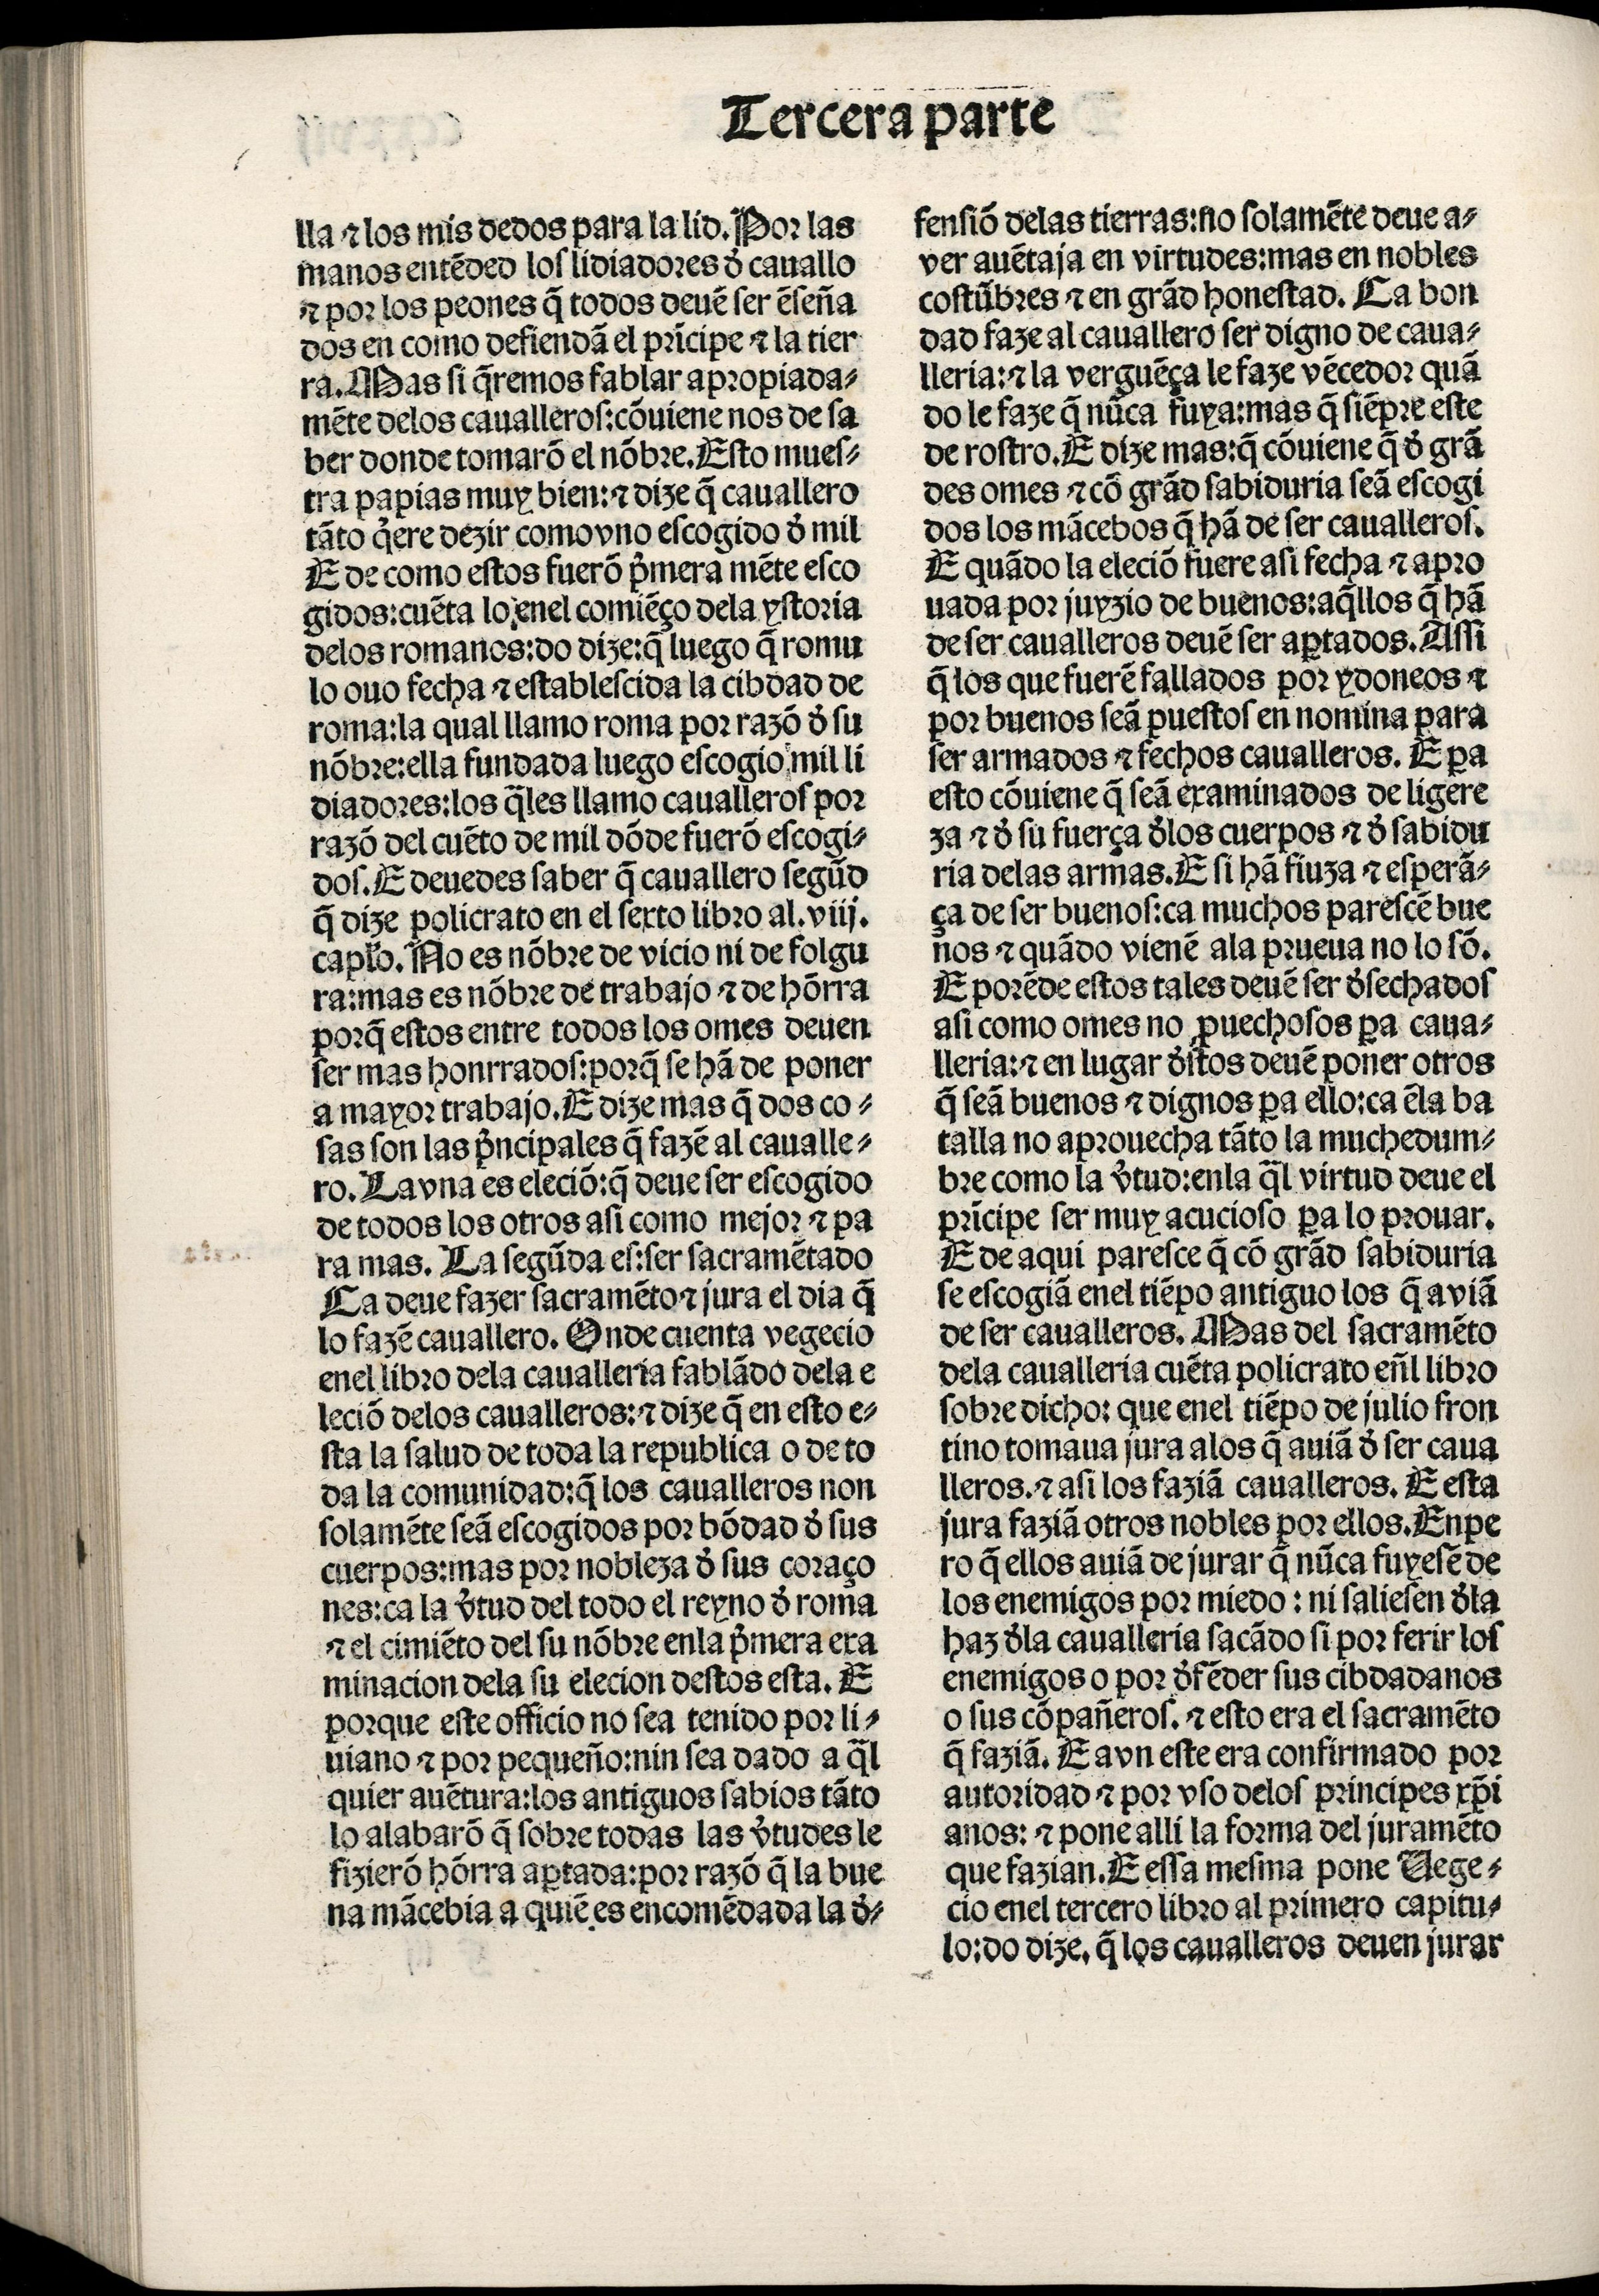
Shelfmark: Madrid, BNE, Inc. 901
Century: 15